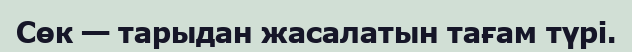
Сөк — тарыдан жасалатын тағам түрі.